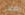
معي